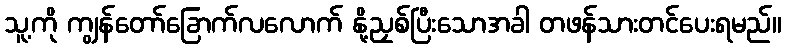
သူ့ကို ကျွန်တော်ခြောက်လလောက် နို့ညှစ်ပြီးသောအခါ တဖန်သားတင်ပေးရမည်။